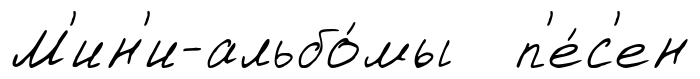
М'ин'и-альбо́мы п'е́с'ен